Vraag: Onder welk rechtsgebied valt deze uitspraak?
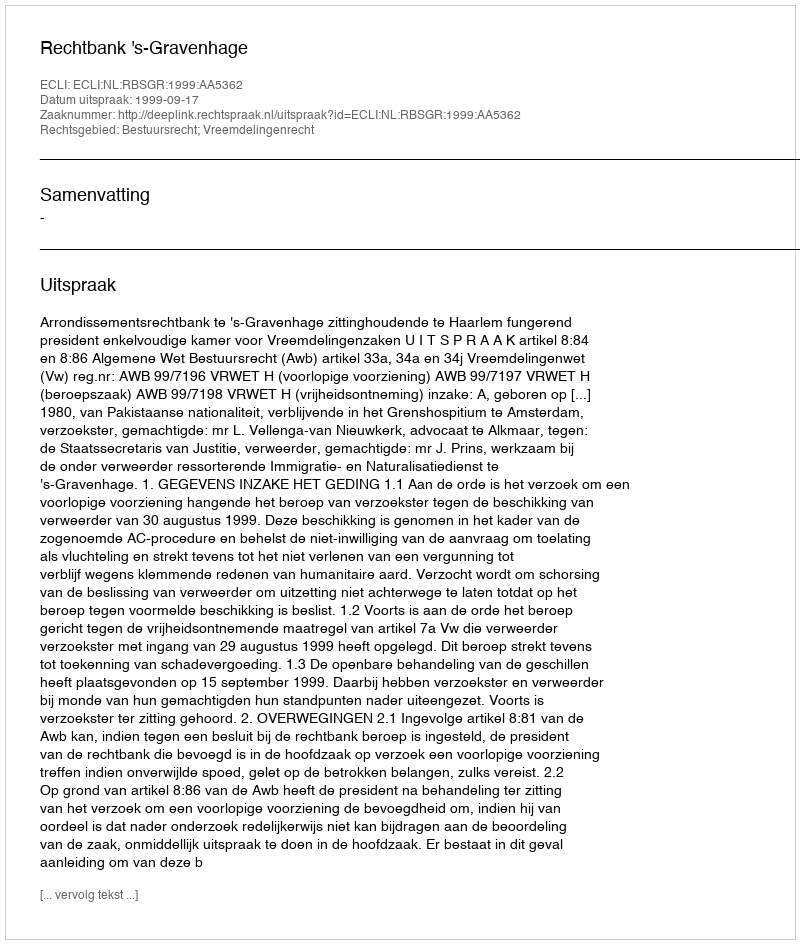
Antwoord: Bestuursrecht; Vreemdelingenrecht